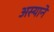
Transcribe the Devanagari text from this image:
अस्याने